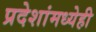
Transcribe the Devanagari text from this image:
प्रदेशांमध्येही